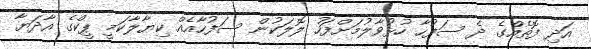
އަދި ފޮތެއްގެ ދެ ސަފުހާ ހުޅުވާލުމަށްފަހު ލޮލަކުން ސަފުހާއެއް ކިޔާލާކަމީ ޕީކްގެ އާދަޔާ